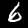
Label: 6